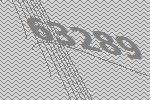
63289